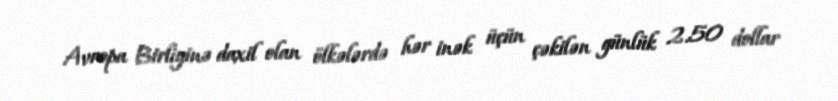
Avropa Birliyinə daxil olan ölkələrdə hər inək üçün çəkilən günlük 2.50 dollar